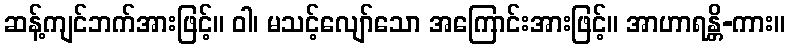
ဆန့်ကျင်ဘက်အားဖြင့်။ ဝါ၊ မသင့်လျော်သော အကြောင်းအားဖြင့်။ အာဟာရန္တိ-ကား။